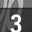
Digit: 3